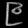
Digit: ၉